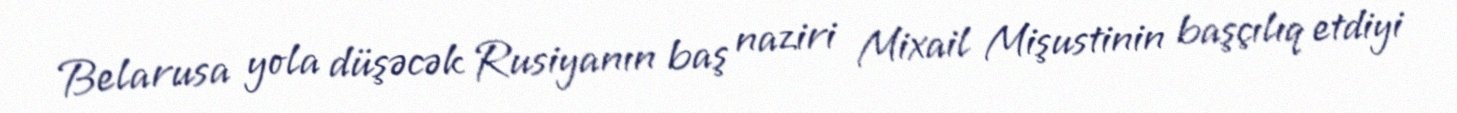
Belarusa yola düşəcək Rusiyanın baş naziri Mixail Mişustinin başçılıq etdiyi